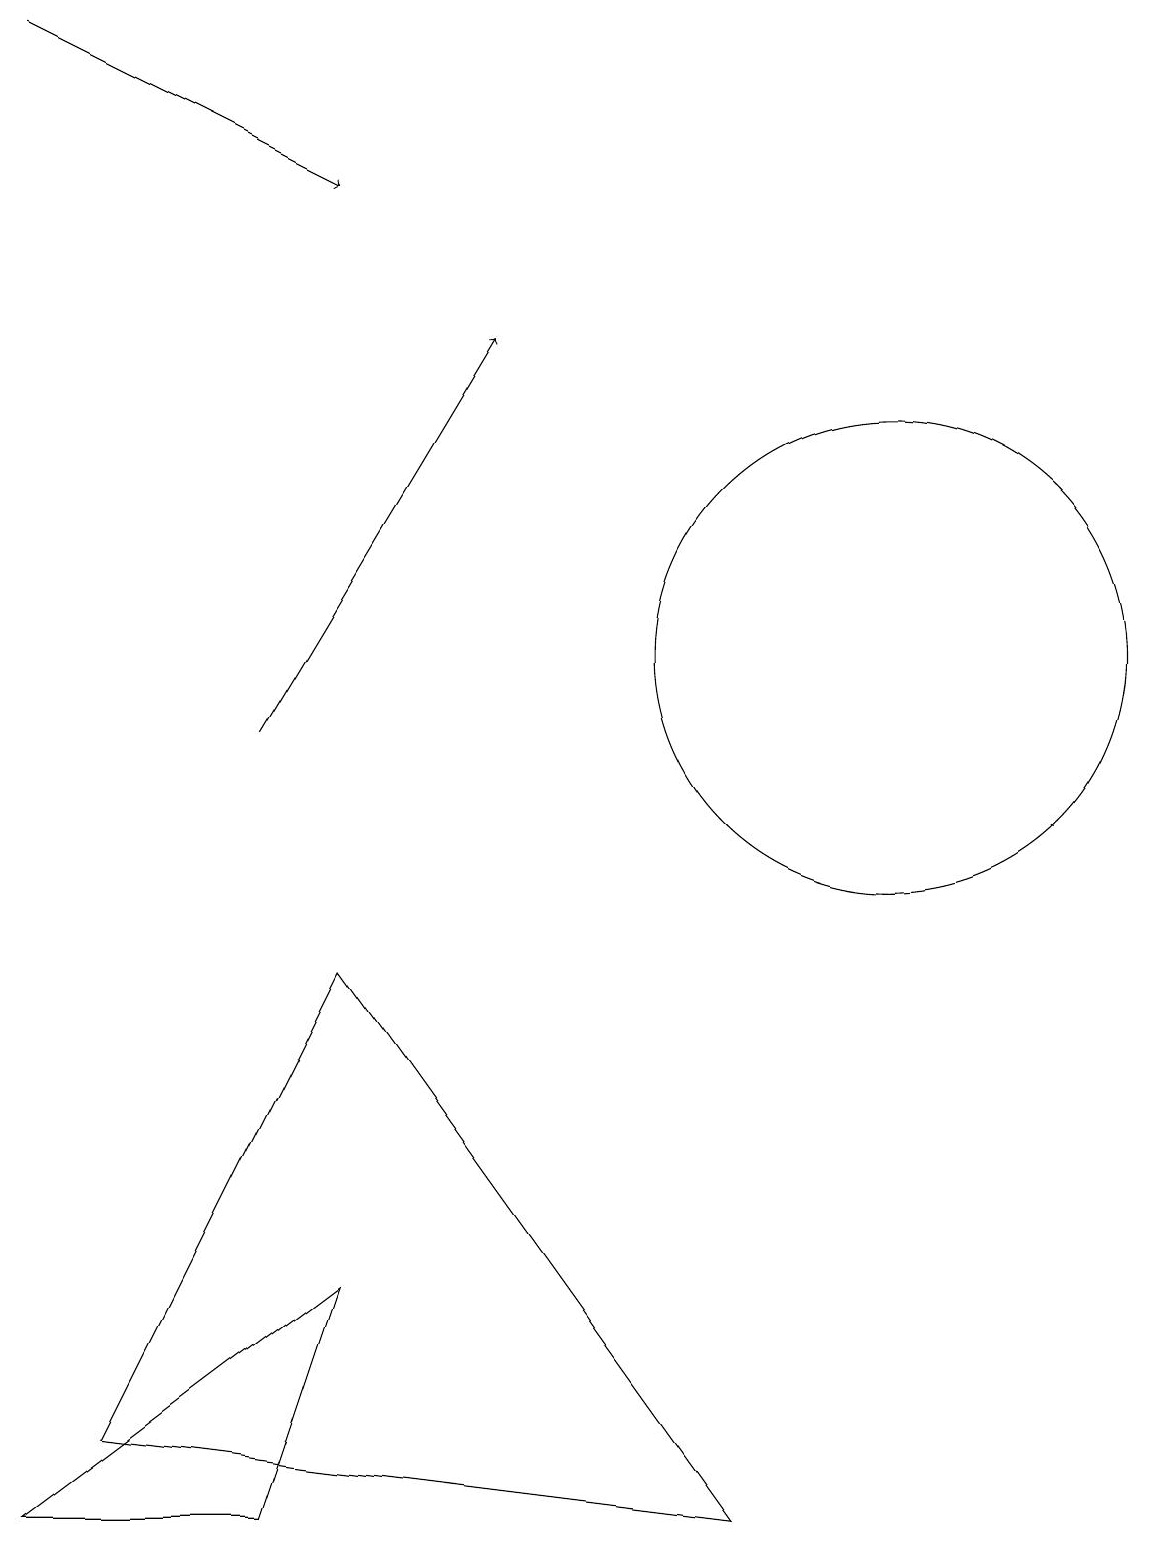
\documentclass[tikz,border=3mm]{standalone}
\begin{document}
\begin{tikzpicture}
\draw[->] (3,10) -- (6,15);
\draw[->] (0,19) -- (4,17);
\draw (11,11) circle (3);
\draw (0,0) -- (4,3) -- (3,0) -- cycle;
\draw (6,19) rectangle (6,19);
\draw (4,7) -- (1,1) -- (9,0) -- cycle;
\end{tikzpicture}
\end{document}